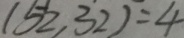
( 5 2 , 3 2 ) = 4